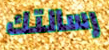
رسالتك